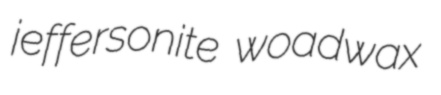
jeffersonite woadwax